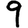
Digit: 9